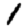
Digit: 1